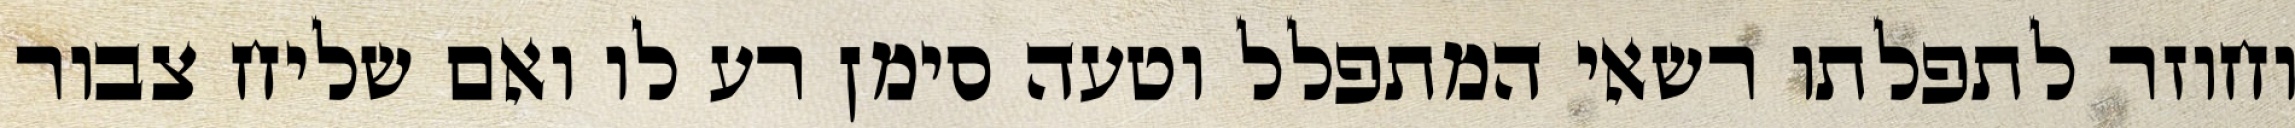
וחוזר לתפלתו רשאי המתפלל וטעה סימן רע לו ואם שליח צבור